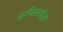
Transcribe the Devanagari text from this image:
साफिलाईज़